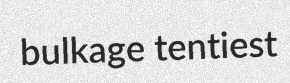
bulkage tentiest